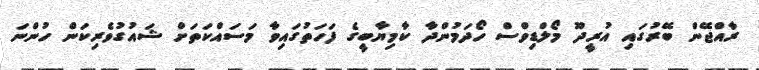
ރާއްޖޭން ބޭރުގައި އުރީދޫ މޯލްޑިވްސް ހޯދަމުންދާ ކާމިޔާބީގެ ފަހަތުގައިވާ މަސައްކަތަށް ޝައުގުވެރިކަން ހުންނަ